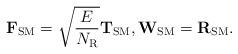
LaTeX: \begin{align*} {\bf F}_{\rm SM} = \sqrt{\frac{E}{N_{\rm R}}}{\bf T}_{\rm SM}, {\bf W}_{\rm SM} = {\bf R}_{\rm SM}.\end{align*}